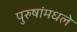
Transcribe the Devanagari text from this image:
पुरुषांमधले